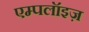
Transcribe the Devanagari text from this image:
एम्पलॉइज़